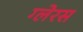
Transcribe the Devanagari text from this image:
ग्लेरस